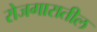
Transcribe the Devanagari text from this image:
रोजगारातील